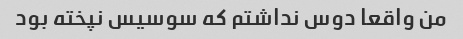
من واقعا دوس نداشتم که سوسیس نپخته بود